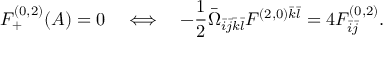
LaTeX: F _ { + } ^ { ( 0 , 2 ) } ( A ) = 0 \quad \Longleftrightarrow \quad - \frac { 1 } { 2 } \bar { \Omega } _ { \bar { i } \bar { j } \bar { k } \bar { l } } F ^ { ( 2 , 0 ) \bar { k } \bar { l } } = 4 F _ { \bar { i } \bar { j } } ^ { ( 0 , 2 ) } .